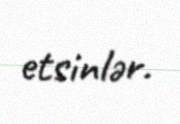
etsinlər.